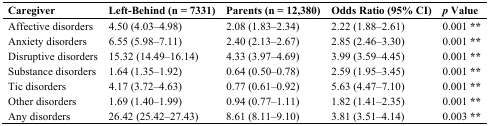
<table><thead><tr><td><b>Caregiver</b></td><td><b>Left-Behind (n = 7331)</b></td><td><b>Parents (n = 12,380)</b></td><td><b>Odds Ratio (95% CI)</b></td><td><b><i>p</i> Value</b></td></tr></thead><tbody><tr><td>Affective disorders</td><td>4.50 (4.03–4.98)</td><td>2.08 (1.83–2.34)</td><td>2.22 (1.88–2.61)</td><td>0.001 <b>**</b></td></tr><tr><td>Anxiety disorders</td><td>6.55 (5.98–7.11)</td><td>2.40 (2.13–2.67)</td><td>2.85 (2.46–3.30)</td><td>0.001 <b>**</b></td></tr><tr><td>Disruptive disorders</td><td>15.32 (14.49–16.14)</td><td>4.33 (3.97–4.69)</td><td>3.99 (3.59–4.45)</td><td>0.001 <b>**</b></td></tr><tr><td>Substance disorders</td><td>1.64 (1.35–1.92)</td><td>0.64 (0.50–0.78)</td><td>2.59 (1.95–3.45)</td><td>0.001 <b>**</b></td></tr><tr><td>Tic disorders</td><td>4.17 (3.72–4.63)</td><td>0.77 (0.61–0.92)</td><td>5.63 (4.47–7.10)</td><td>0.001 <b>**</b></td></tr><tr><td>Other disorders</td><td>1.69 (1.40–1.99)</td><td>0.94 (0.77–1.11)</td><td>1.82 (1.41–2.35)</td><td>0.001 <b>**</b></td></tr><tr><td>Any disorders</td><td>26.42 (25.42–27.43)</td><td>8.61 (8.11–9.10)</td><td>3.81 (3.51–4.14)</td><td>0.003 <b>**</b></td></tr></tbody></table>